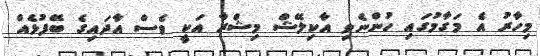
މިހާރު އެ މަގާމުގައި ހުންނެވި އާކިލޭޝް މިޝްރާ އަކީ ވެސް އާދައިގެ ބޭފުޅެއް